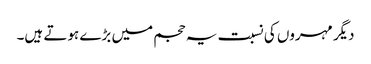
دیگر مہروں کی نسبت یہ حجم میں بڑے ہوتے ہیں۔